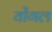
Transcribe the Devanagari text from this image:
योंगल